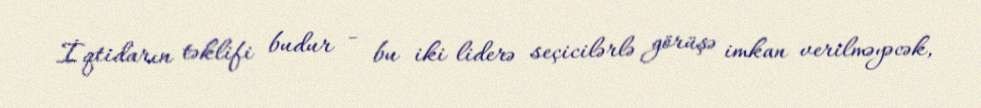
İqtidarın təklifi budur - bu iki liderə seçicilərlə görüşə imkan verilməyəcək,